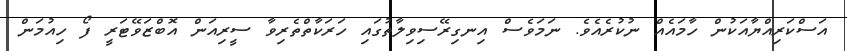
އަސްކަރިއްޔާއަކުން ހާމައެއް ނުކުރެއެވެ. ނަމަވެސް އިނގިރޭސިވިލާތުގައި ހަރަކާތްތެރިވާ ސީރިއަން އޮބްޒަވޭޓަރީ ފޯ ހިއުމަން